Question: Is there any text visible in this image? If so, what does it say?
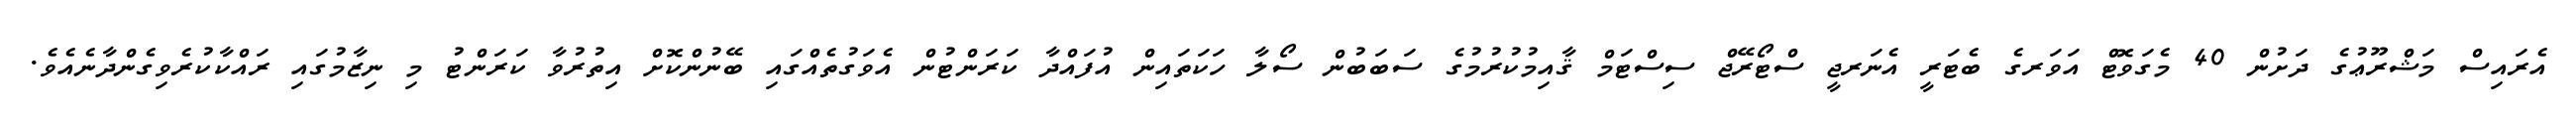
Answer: އެރައިސް މަޝްރޫޢުގެ ދަށުން 40 މެގަވޮޓް އަވަރގެ ބެޓަރީ އެނަރޖީ ސްޓޯރޭޖް ސިސްޓަމް ޤާއިމުކުރުމުގެ ސަބަބުން ސޯލާ ހަކަތައިން އުފައްދާ ކަރަންޓުން އެވަގުތެއްގައި ބޭނުންކޮށް އިތުރުވާ ކަރަންޓު މި ނިޒާމުގައި ރައްކާކުރެވިގެންދާނެއެވެ.